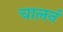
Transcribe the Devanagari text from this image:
चालनं